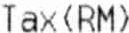
TAX(RM)